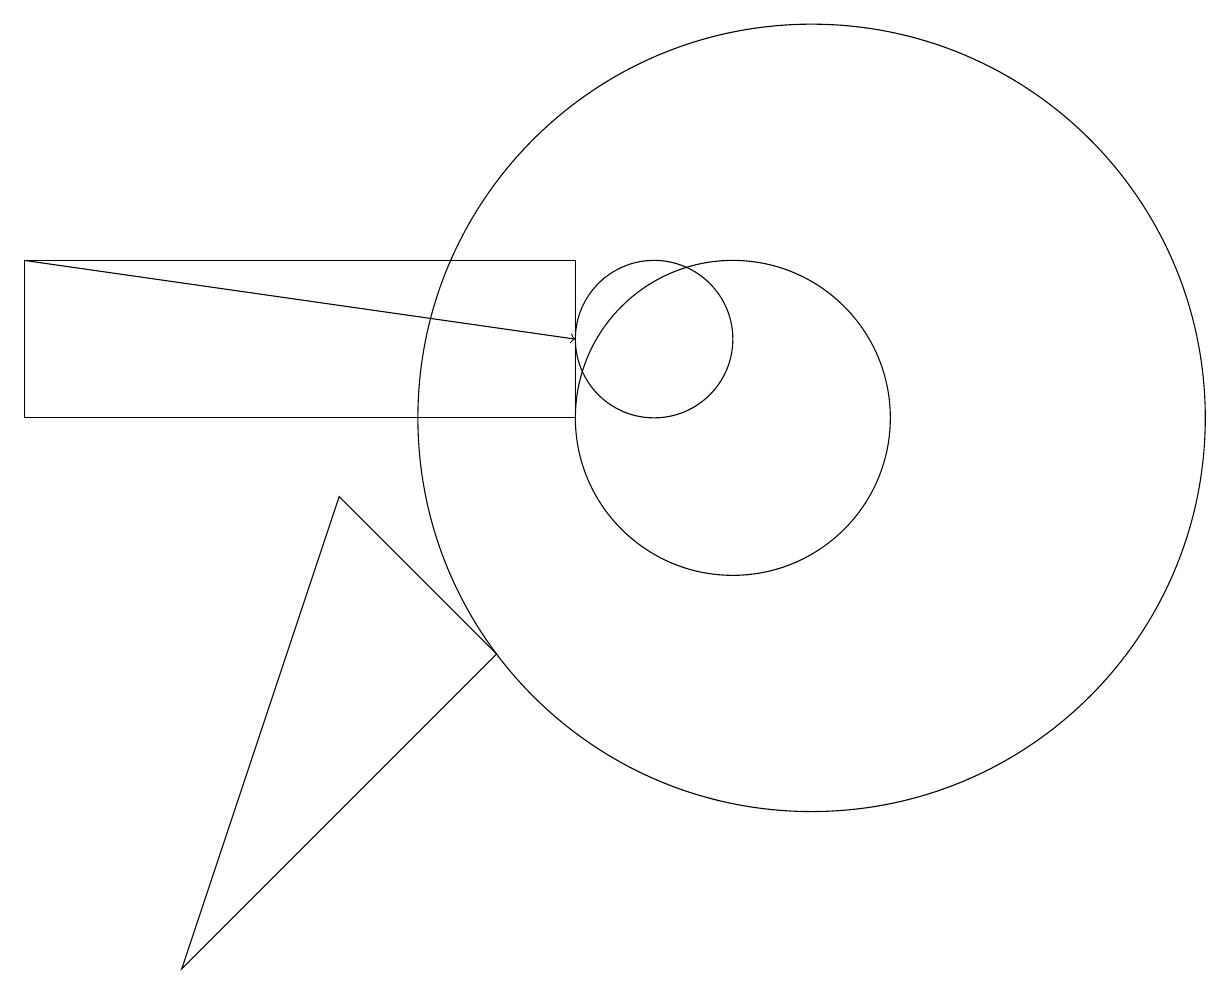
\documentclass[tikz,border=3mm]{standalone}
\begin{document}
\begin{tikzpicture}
\draw[->] (2,12) -- (9,11);
\draw (12,10) circle (5);
\draw (11,10) circle (2);
\draw (2,12) rectangle (9,10);
\draw (10,11) circle (1);
\draw (4,3) -- (6,9) -- (8,7) -- cycle;
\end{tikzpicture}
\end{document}